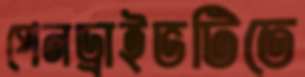
পেনড্রাইভটিতে